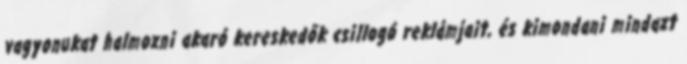
vagyonukat halmozni akaró kereskedők csillogó reklámjait, és kimondani mindazt